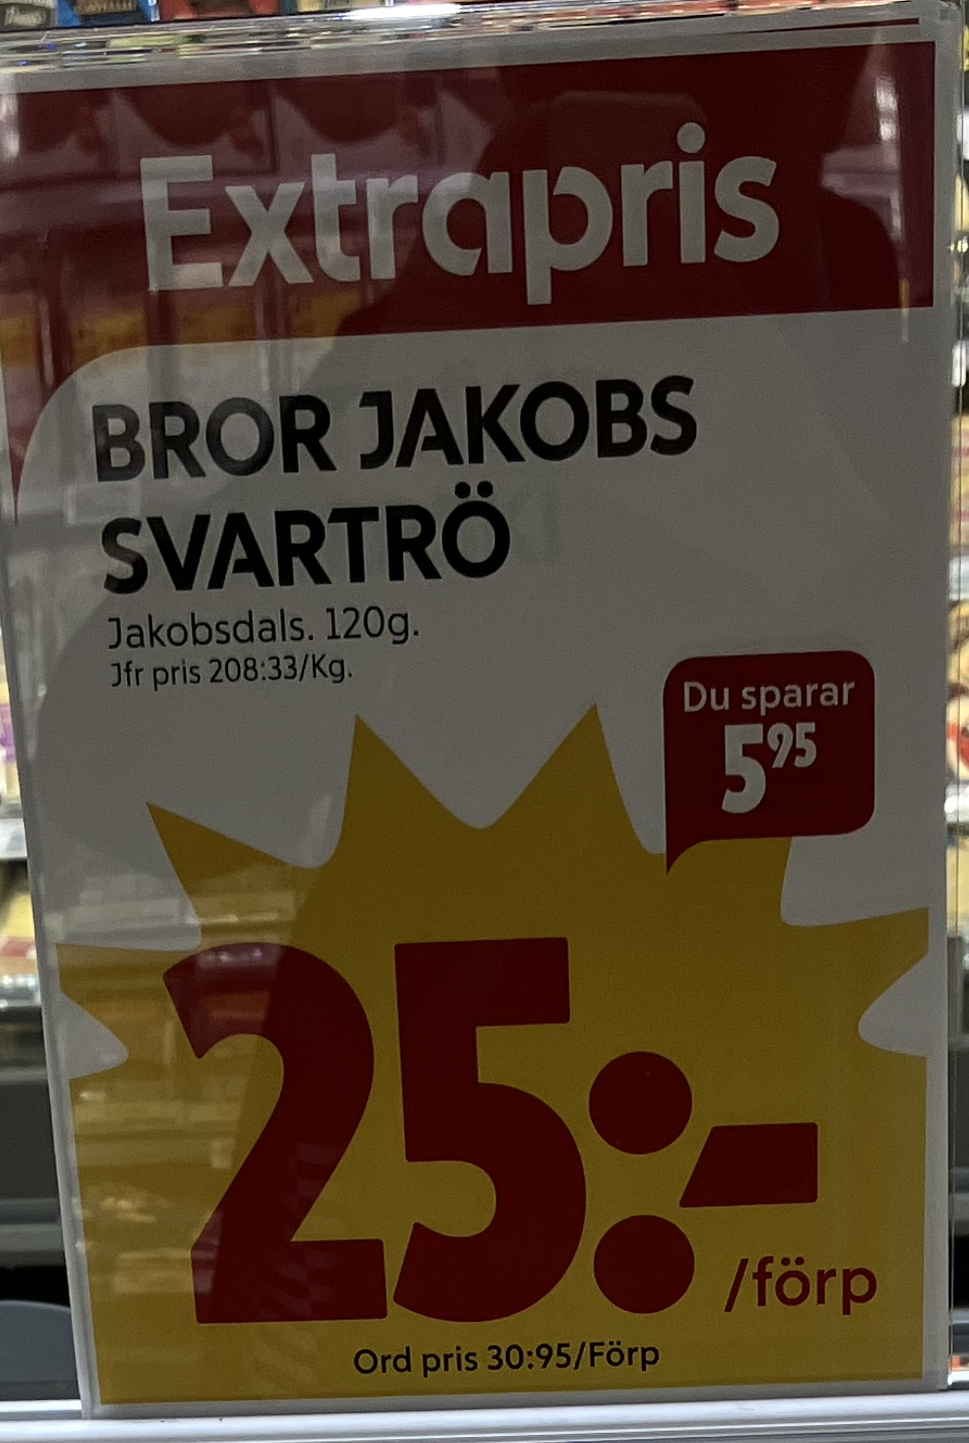
Vara: Bror jakobs svartrö
Genomsnittspris: 208.33 per kg